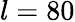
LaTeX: l=80